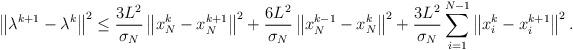
LaTeX: \begin{align*}\left\| \lambda^{k+1} - \lambda^k \right\|^2 \leq \frac{3L^2}{\sigma_N}\left\| x_N^k - x_N^{k+1} \right\|^2 + \frac{6L^2}{\sigma_N}\left\| x_N^{k-1} - x_N^k \right\|^2 + \frac{3 L^2}{\sigma_N}\sum_{i=1}^{N-1}\left\| x_i^k - x_i^{k+1} \right\|^2.\end{align*}